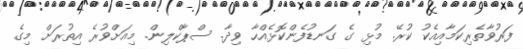
ފަރުވާތެރިކަމާއިއެކު ކުރޭ. މުޅި ގެ ގަނޑުފެންކޮޅެއްހާ ވިދާ. ސްޕާކްލިން. މިއަށްވުރެ އިތުރަށް މިގެ